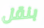
بنقل